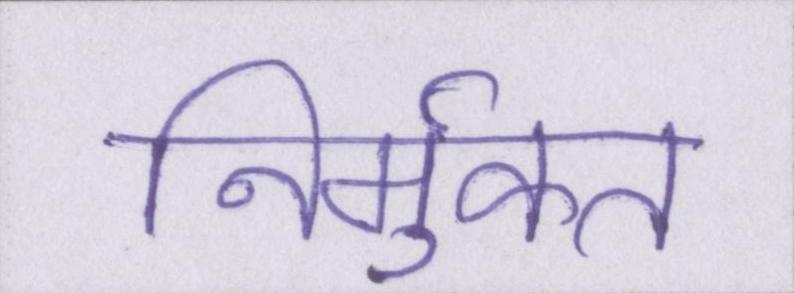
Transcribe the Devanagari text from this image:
निर्मुक्त